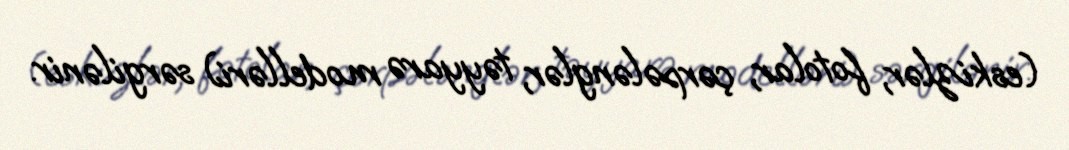
(eskizlər, fotolar, çərpələnglər, təyyarə modelləri) sərgilənir.